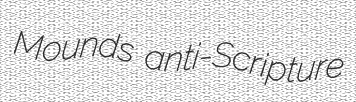
Mounds anti-Scripture